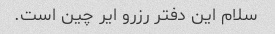
سلام این دفتر رزرو ایر چین است.